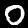
Digit: 0